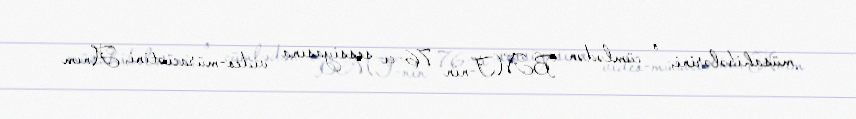
müsahibələrini, o cümlədən BMT-nin 76-cı sessiyasına video-müraciətini, Anım